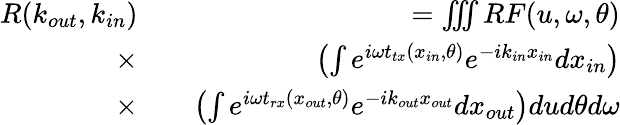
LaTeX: \begin{array}{rlr}{R(k_{out},k_{in})}&{}&{=\iiint RF(u,\omega,\theta)}\\ {\times}&{}&{\left(\int{e^{i\omega t_{tx}(x_{in},\theta)}e^{-ik_{in}x_{in}}dx_{in}}\right)}\\ {\times}&{}&{\left(\int{e^{i\omega t_{rx}(x_{out},\theta)}e^{-ik_{out}x_{out}}dx_{out}}\right)dud\theta d\omega}\end{array}